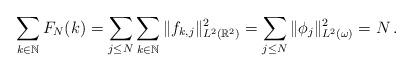
LaTeX: \begin{align*}\sum_{k\in\mathbb{N}}F_N(k)=\sum_{j\le N}\sum_{k\in\mathbb{N}}\|f_{k,j}\|_{L^2(\mathbb{R}^2)}^2=\sum_{j\le N}\|\phi_j\|_{L^2(\omega)}^2=N\,.\end{align*}